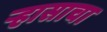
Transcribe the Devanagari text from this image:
र्‍हासाचा